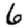
Digit: 6